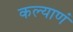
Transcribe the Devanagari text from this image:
कल्याणं